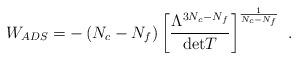
LaTeX: \begin{align*}W_{ADS}=-\left(N_c - N_f\right)\left[\frac{\Lambda^{3N_c-N_f}}{{\rm det} T}\right]^{\frac{1}{N_c - N_f}}\ .\end{align*}